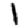
Digit: 1